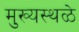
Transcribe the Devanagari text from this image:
मुख्यस्थळे